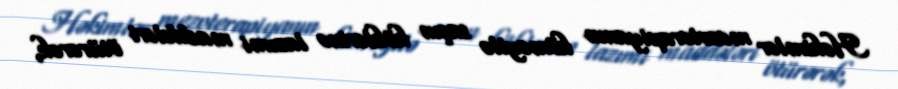
Həkimlər mezoterapiyanın köməyilə saçın köklərinə lazımi maddələri ötürərək,